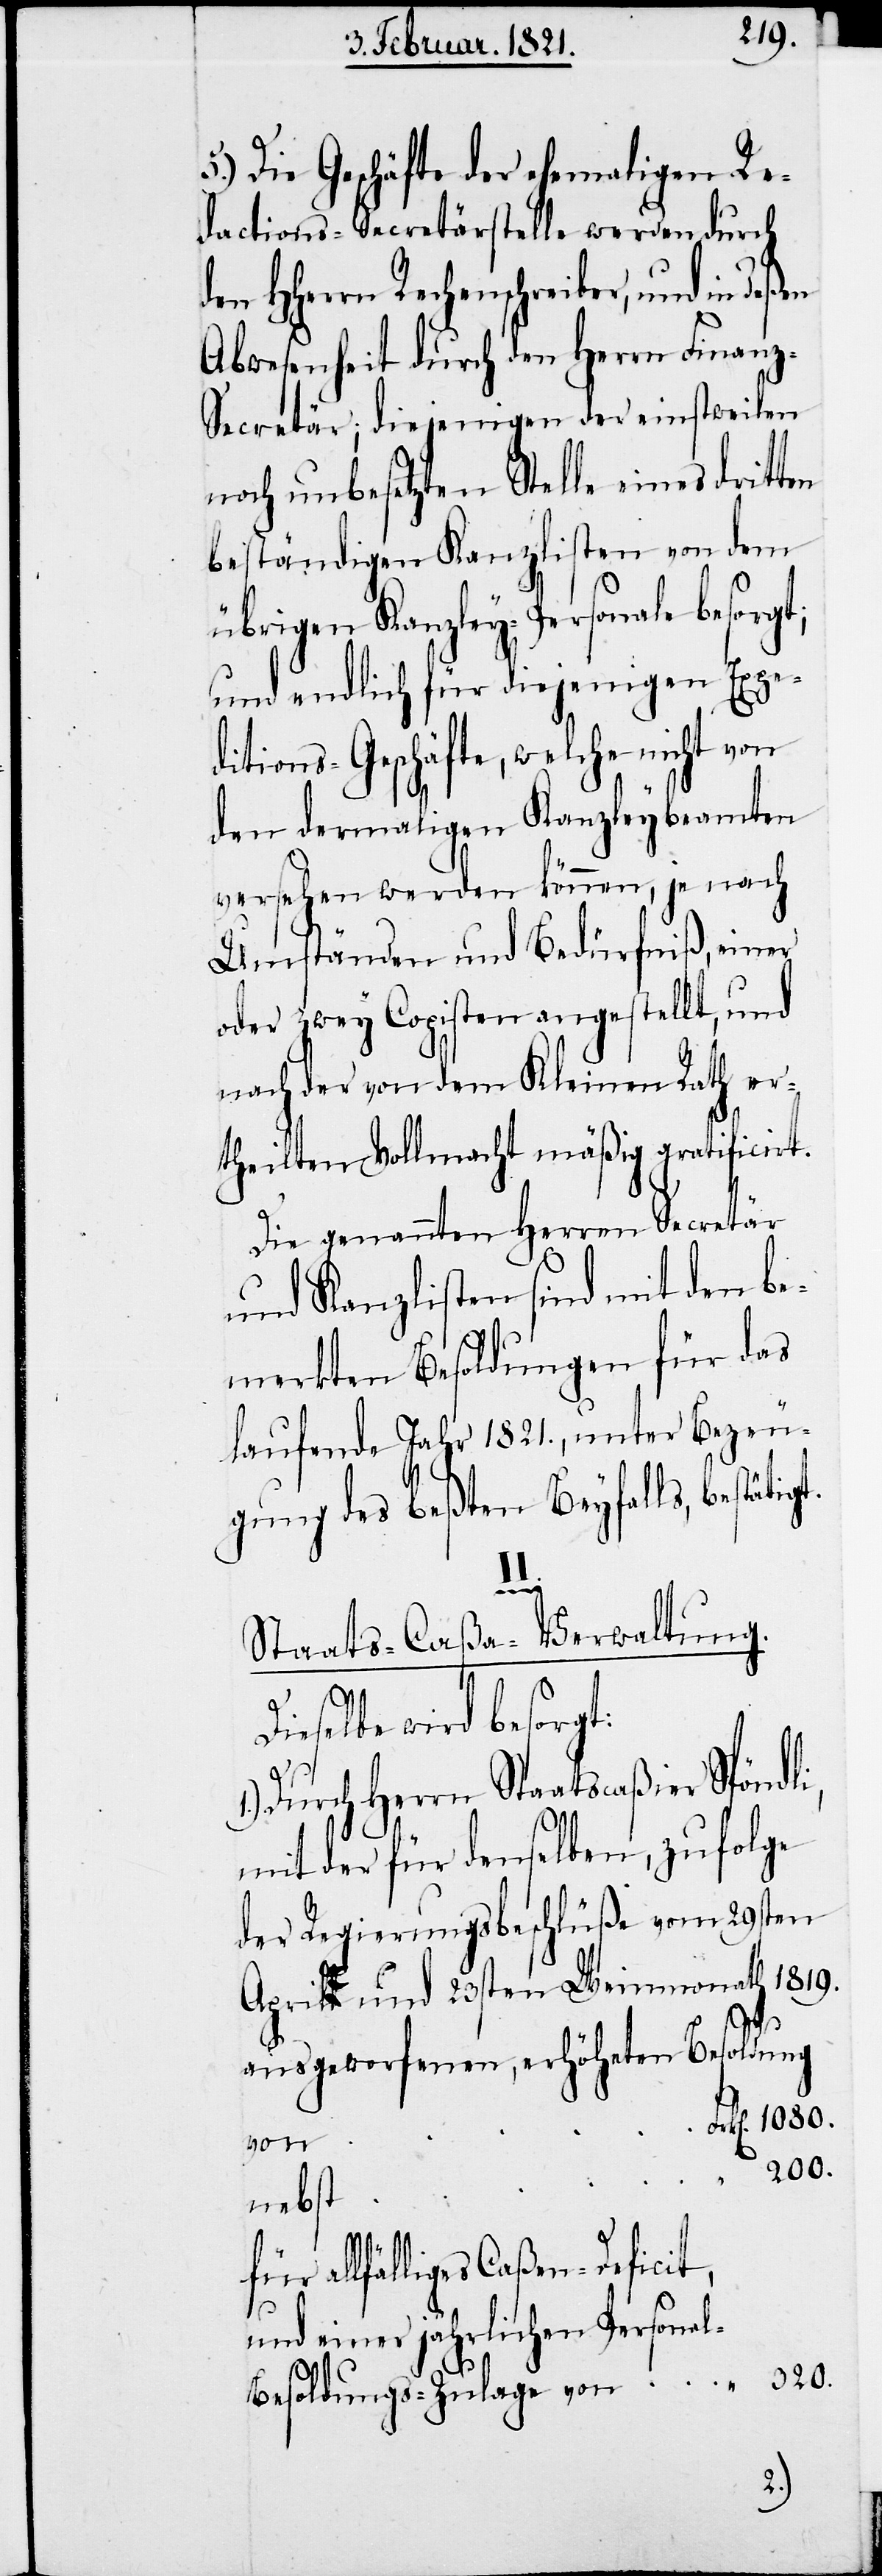
5.) Die Geschäfte der ehemaligen Re¬
dactions-Secretärstelle werden durch
HHerrn Rechenschreiber, und in
Abwesenheit durch den Herrn Finan¬
z-Secretär; diejenigen der einstweilen
noch unbesetzten Stelle eines drit¬
beständigen Kanzlisten von dem
übrigen Kanzley-Personale besorgt;
und endlich für diejenigen Expe¬
ditions-Geschäfte, welche nicht von
den dermaligen Kanzleybeamten
versehen werden können, je nach
Umständen und Bedürfniß, einer
oder zwey Copisten angestellt, und
nach der von dem Kleinen Rath er¬
theilten Vollmacht mäßig gratificirt.
Die genannten Herren Secretär
und Kanzlisten sind mit den be¬
merkten Besoldungen für das
laufende Jahr 1821., unter Bezeu¬
gung des beßten Beyfalls, bestätigt.
i,
Staats-Caßa-Verwaltung.
ieselbe wird besorgt:
Durch Herrn Staatscaßier Spöndl¬
mit der für denselben, zufolge
der Regierungsbeschlüße vom 29sten
April und 23sten Weinmonath 1819.
l-B¬
ausgeworfenen, erhöhten Besoldung
von
200.
nebst
allfälliges Caßen-Deficit,
und einer jährlichen Persona¬
320.
esoldungs-Zulage von